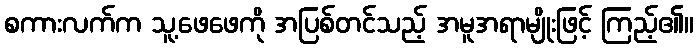
စကားလက်က သူ့ဖေဖေကို အပြစ်တင်သည့် အမူအရာမျိုးဖြင့် ကြည့်၏။